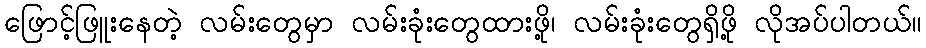
ဖြောင့်ဖြူးနေတဲ့ လမ်းတွေမှာ လမ်းခုံးတွေထားဖို့၊ လမ်းခုံးတွေရှိဖို့ လိုအပ်ပါတယ်။